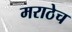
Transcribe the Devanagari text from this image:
मराठेच